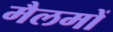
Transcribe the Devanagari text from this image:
मैलमों